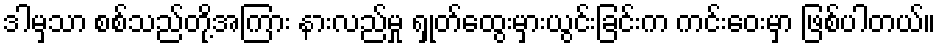
ဒါမှသာ စစ်သည်တို့အကြား နားလည်မှု ရှုတ်ထွေးမှားယွင်းခြင်းက ကင်းဝေးမှာ ဖြစ်ပါတယ်။